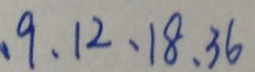
、 9 、 1 2 、 1 8 、 3 6